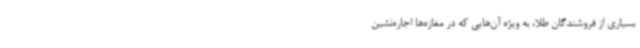
بسیاری از فروشندگان طلا، به ویژه آن‌هایی که در مغازه‌ها اجاره‌نشین